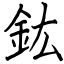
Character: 鈜